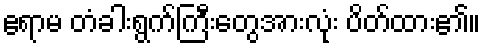
ဧရာမ တံခါးရွက်ကြီးတွေအားလုံး ပိတ်ထား၏။